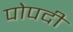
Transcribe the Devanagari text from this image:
पोपदी